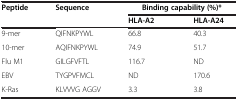
<table><thead><tr><td><b>Peptide</b></td><td><b>Sequence</b></td><td colspan="2"><b>Binding capability (%)*</b></td></tr><tr><td><b> </b></td><td><b> </b></td><td><b>HLA-A2</b></td><td><b>HLA-A24</b></td></tr></thead><tbody><tr><td>9-mer</td><td>QIFNKPYWL</td><td>66.8</td><td>40.3</td></tr><tr><td>10-mer</td><td>AQIFNKPYWL</td><td>74.9</td><td>51.7</td></tr><tr><td>Flu M1</td><td>GILGFVFTL</td><td>116.7</td><td>ND</td></tr><tr><td>EBV</td><td>TYGPVFMCL</td><td>ND</td><td>170.6</td></tr><tr><td>K-Ras</td><td>KLVVVG AGGV</td><td>3.3</td><td>3.8</td></tr></tbody></table>